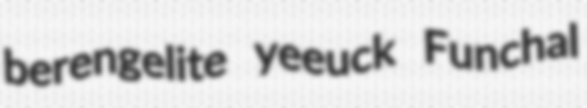
berengelite yeeuck Funchal